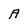
Character: A